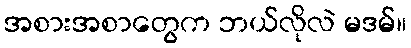
အစားအစာတွေက ဘယ်လိုလဲ မဒမ်။